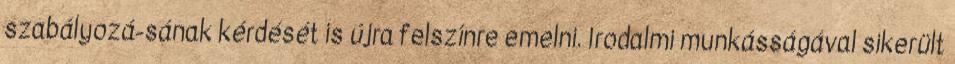
szabályozá-sának kérdését is újra felszínre emelni. Irodalmi munkásságával sikerült